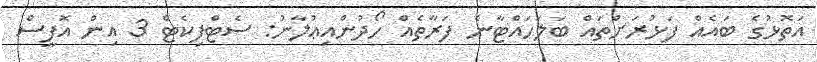
އަތޮޅުގެ ބައެއް ފަޅުރަށްތައް ބަލަހައްޓާނެ ފަރާތެއް ހޯދުންއިޢުލާނު: ސެޓްފިކެޓް 3 އިން އޮފީސް